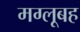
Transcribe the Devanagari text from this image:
मग्लूबह